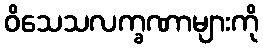
ဝိသေသလက္ခဏာများကို